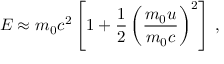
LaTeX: E \approx m _ { 0 } c ^ { 2 } \left[ 1 + { \frac { 1 } { 2 } } \left( { \frac { m _ { 0 } u } { m _ { 0 } c } } \right) ^ { 2 } \right] \, ,